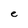
Character: e